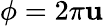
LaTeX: \phi=2\pi\mathbf{u}